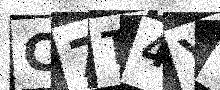
Text: C7T4YL